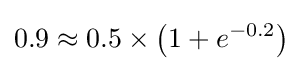
0.9\approx 0.5\times \left(1+e^{-0.2}\right)